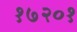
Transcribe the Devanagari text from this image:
१७२०१